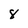
Character: 8